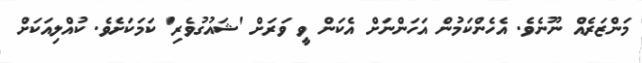
މަންޒަރެއް ނޫނެވެ. އެހެންކަމުން އަހަންނަށް އެކަން ވީ ވަރަށް 'ޝައުގުވެރި' ކަމަކަށެވެ. ކުއްލިއަކަށް